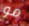
مو